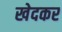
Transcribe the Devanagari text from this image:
खेदकर